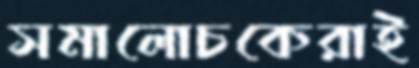
সমালোচকেরাই